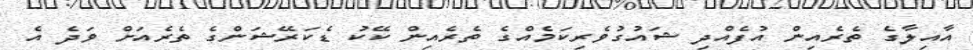
އާއިލާގެ ތެރެއިން އުފެއްދި ޝައުގުވެރިކަމެއްގެ ތެރެއިން ކޭކު ޑެކަރޭޝަންގެ ތެރެއަށް ވަދެ އެ